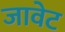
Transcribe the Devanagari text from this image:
जावेट